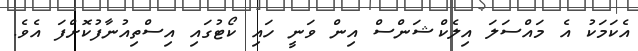
އެކަމަކު އެ މައްސަލަ އިލެކްޝަންސް އިން ވަނީ ހައި ކޯޓުގައި އިސްތިއުނާފުކޮށްފަ އެވެ.